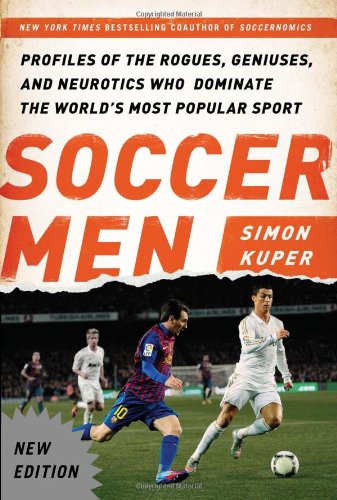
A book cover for Soccer Men: Profiles of the Rogues, Geniuses, and Neurotics Who Dominate the World's Most Popular Sport; Simon Kuper; Biographies & Memoirs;